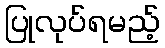
ပြုလုပ်ရမည့်